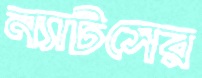
ন্যাটসের